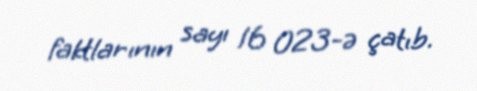
faktlarının sayı 16 023-ə çatıb.